Report of an investigation into the causes of malaria in Bombay and the measures necessary for its control
Disease focus: Malaria
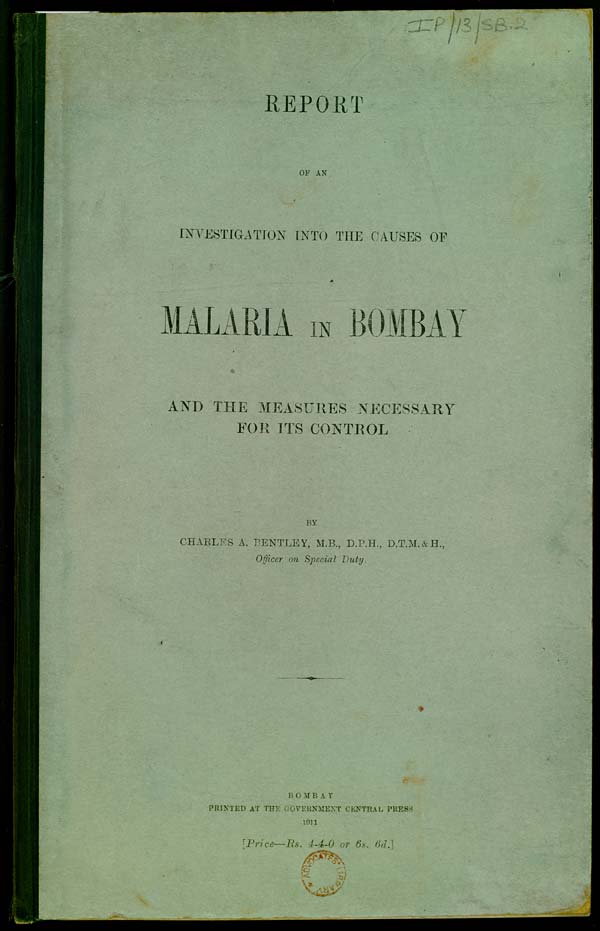
REPORT
OF AN
INVESTIGATION INTO THE CAUSES OF
MALARIA IN BOMBAY
AND THE MEASURES NECESSARY
FOR ITS CONTROL
BY
CHARLES A. BENTLEY, M.B., D.P.H., D.T.M. & H.,
Officer on Special Duty.
BOMBAY
PRINTED AT THE GOVERNMENT CENTRAL PRESS
1911
[Price—Rs. 4-4-0 or 6s. 6d.]